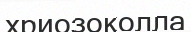
хриозоколла